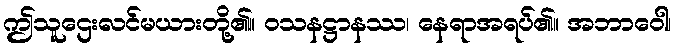
ဤသူဌေးလင်မယားတို့၏။ ဝသနဋ္ဌာနဿ၊ နေရာအရပ်၏။ အဘာဝေါ၊